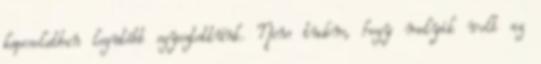
kapcsolatban legutóbb egyeztettünk. Nem tudom, hogy melyik volt az